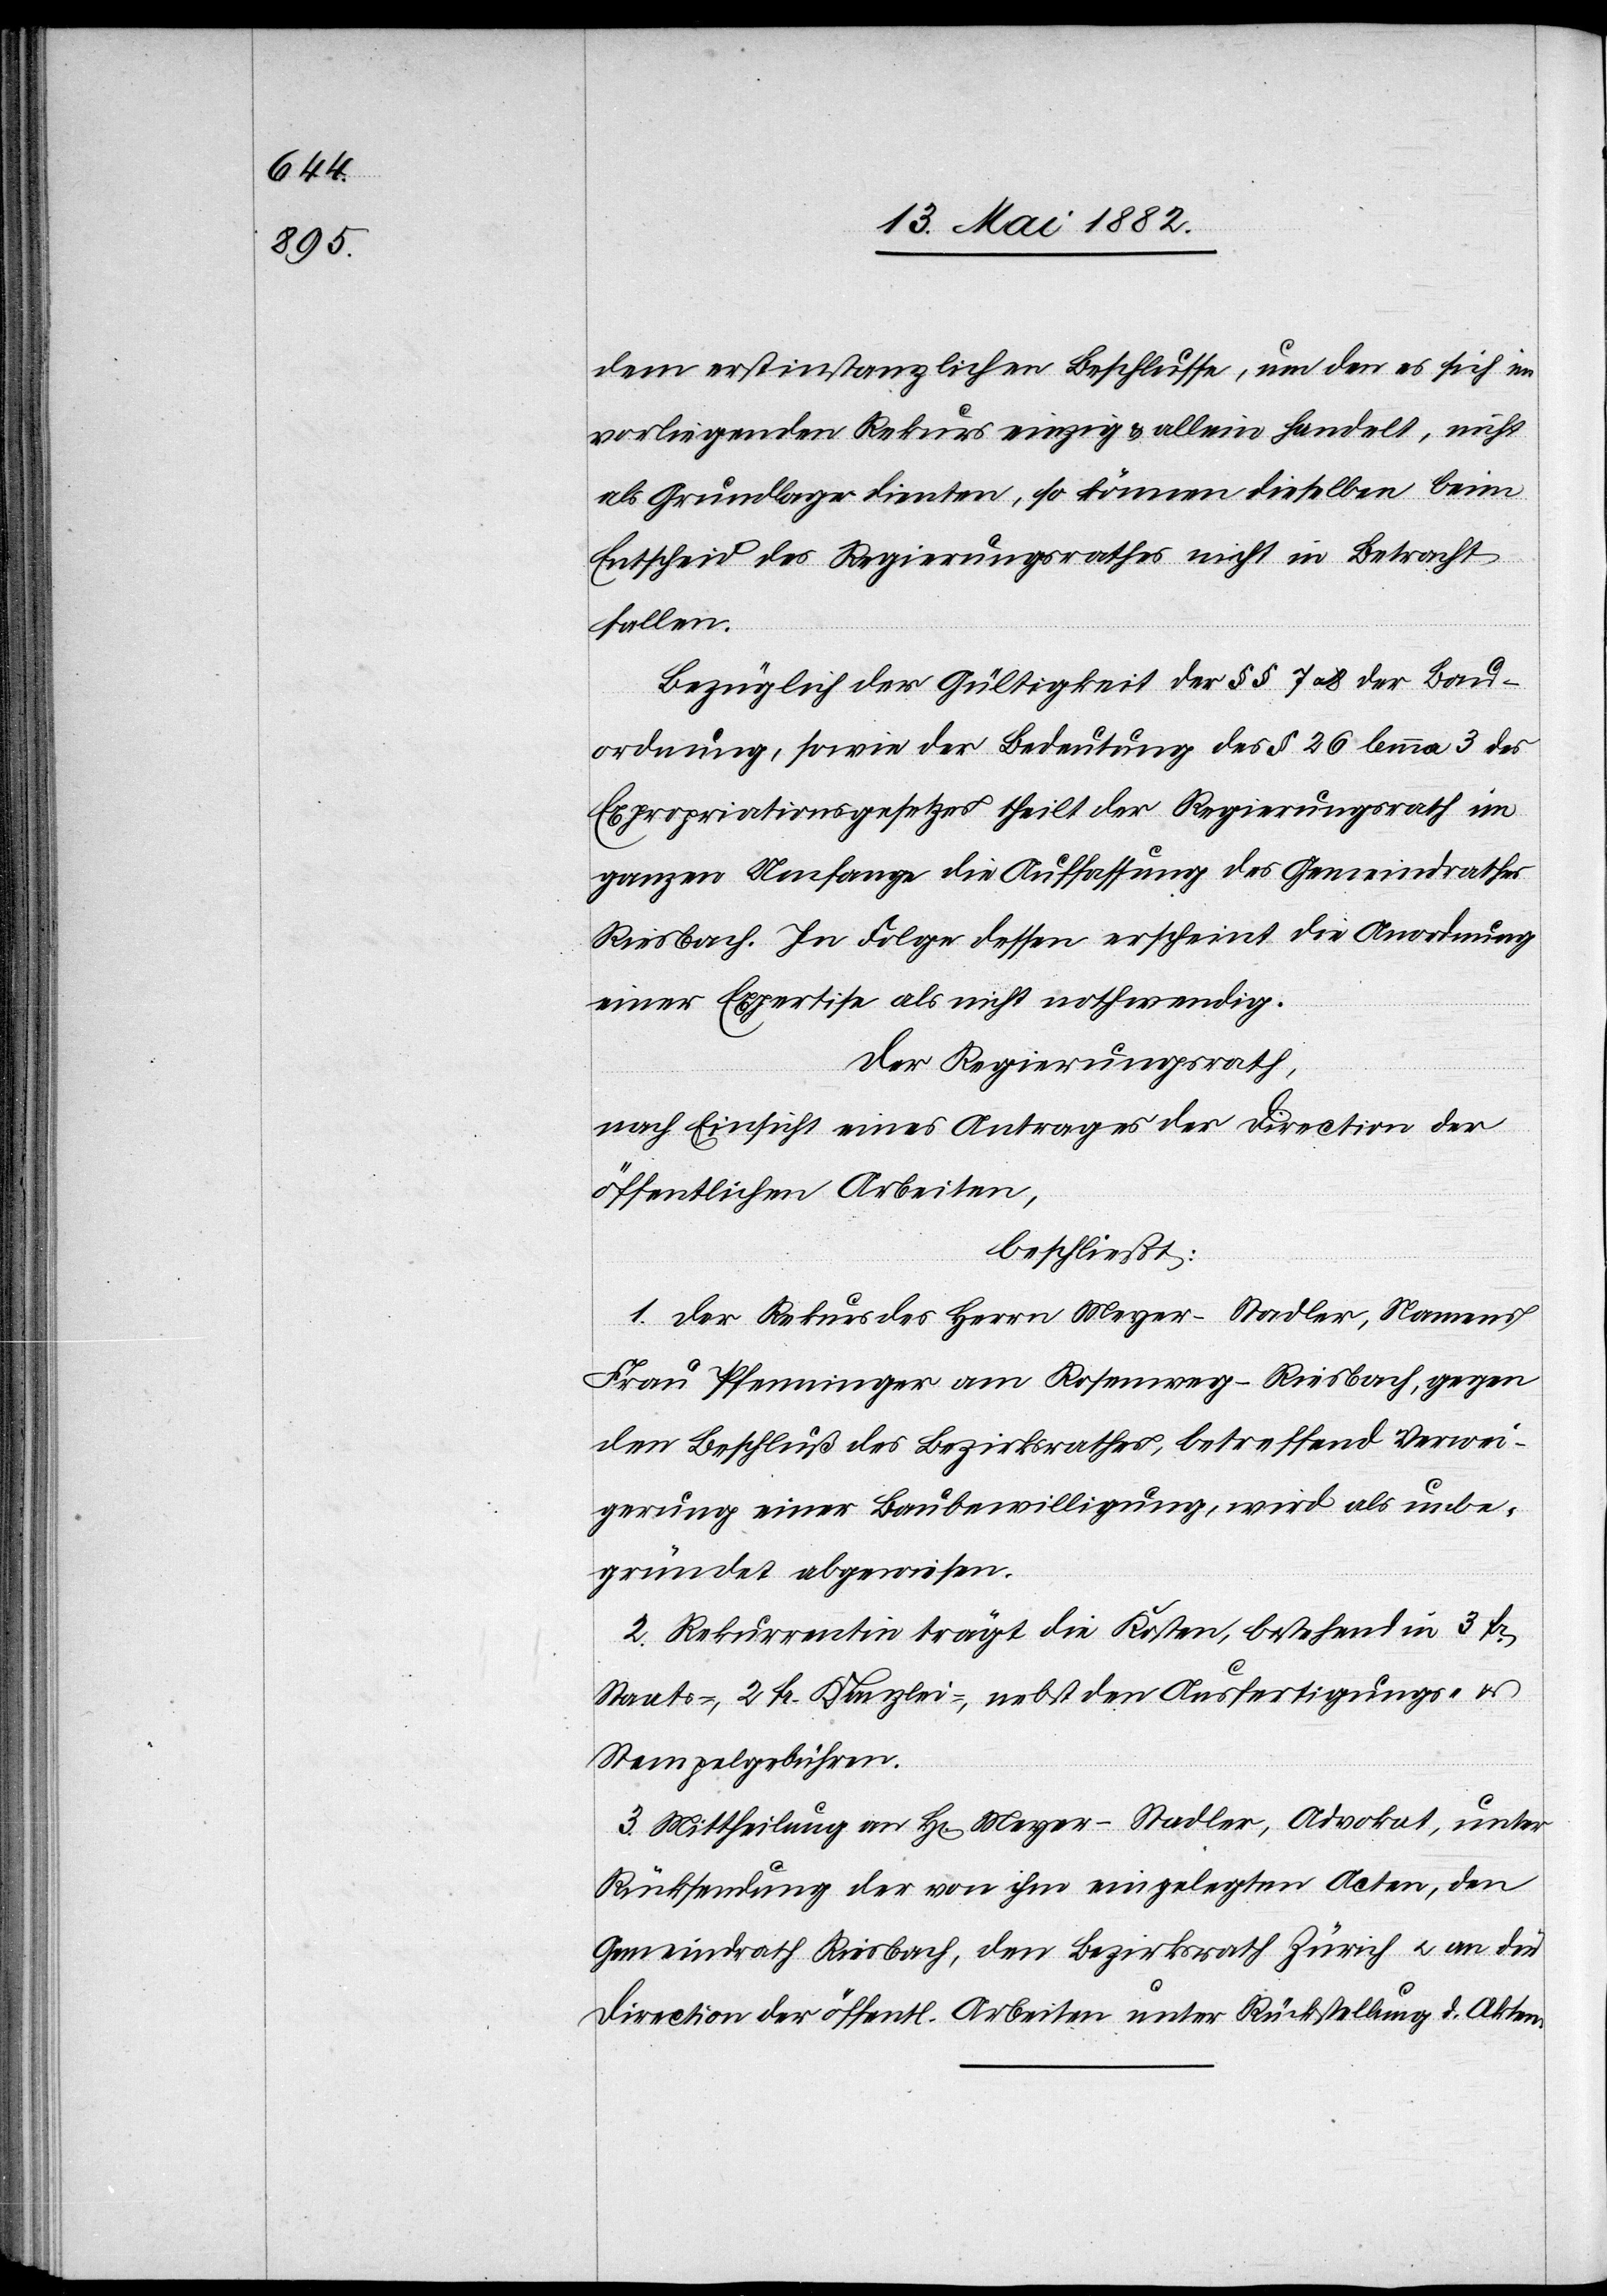
dem erstinstanzlichen Beschlusse, um den es sich im
vorliegenden Rekurs einzig & allein handelt, nicht
als Grundlage dienten, so können dieselben beim
Entscheid des Regierungsrathes nicht in Betracht
fallen.
Bezüglich der Gültigkeit der §§ 7 u. 8 der Bau¬
ordnung, sowie der Bedeutung des § 26 lemma 3 des
Expropriationsgesetzes theilt der Regierungsrath im
ganzen Umfange die Auffassung des Gemeindrathes
Riesbach. In Folge dessen erscheint die Anordnung
einer Expertise als nicht nothwendig.
Der Regierungsrath,
nach Einsicht eines Antrages der Direction der
öffentlichen Arbeiten,
beschließt:
1. Der Rekurs des Herrn Meyer-Stadler, Namens
Frau Pfenninger am Rosenweg - Riesbach, gegen
den Beschluß des Bezirksrathes, betreffend Verwei¬
gerung einer Baubewilligung, wird als unbe¬
gründet abgewiesen.
2. Rekurrentin trägt die Kosten, bestehend in 3 Fr.
Staats-, 2 Fr. Kanzlei-, nebst den Ausfertigungs-
Stempelgebühren.
3. Mittheilung an H[rn]. Meyer-Stadler, Advokat, unter
Rückstellung der von ihm eingelegten Acten, den
Gemeindrath Riesbach, den Bezirksrath Zürich u. an die
Direction der öffentl. Arbeiten unter Rückstellung d. Akten.